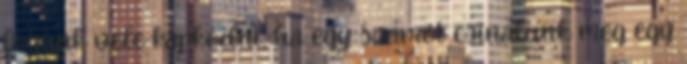
fogunk vele kapkodni, ha egy számot csinálunk meg egy